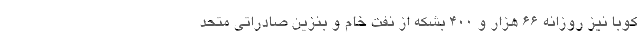
کوبا نیز روزانه ۶۶ هزار و ۴۰۰ بشکه از نفت خام و بنزین صادراتی متحد